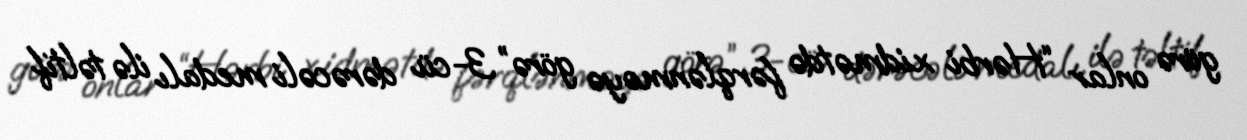
görə onlar “Hərbi xidmətdə fərqlənməyə görə” 3-cü dərəcəli medalı ilə təltif